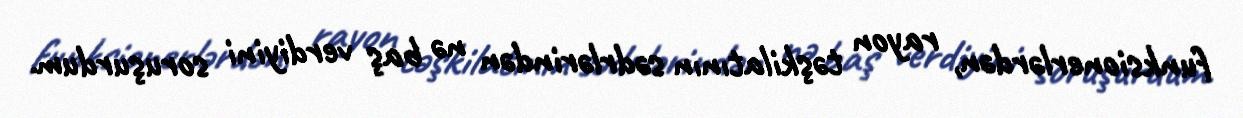
funksionerlərdən, rayon təşkilatının sədrlərindən nə baş verdiyini soruşurdum.